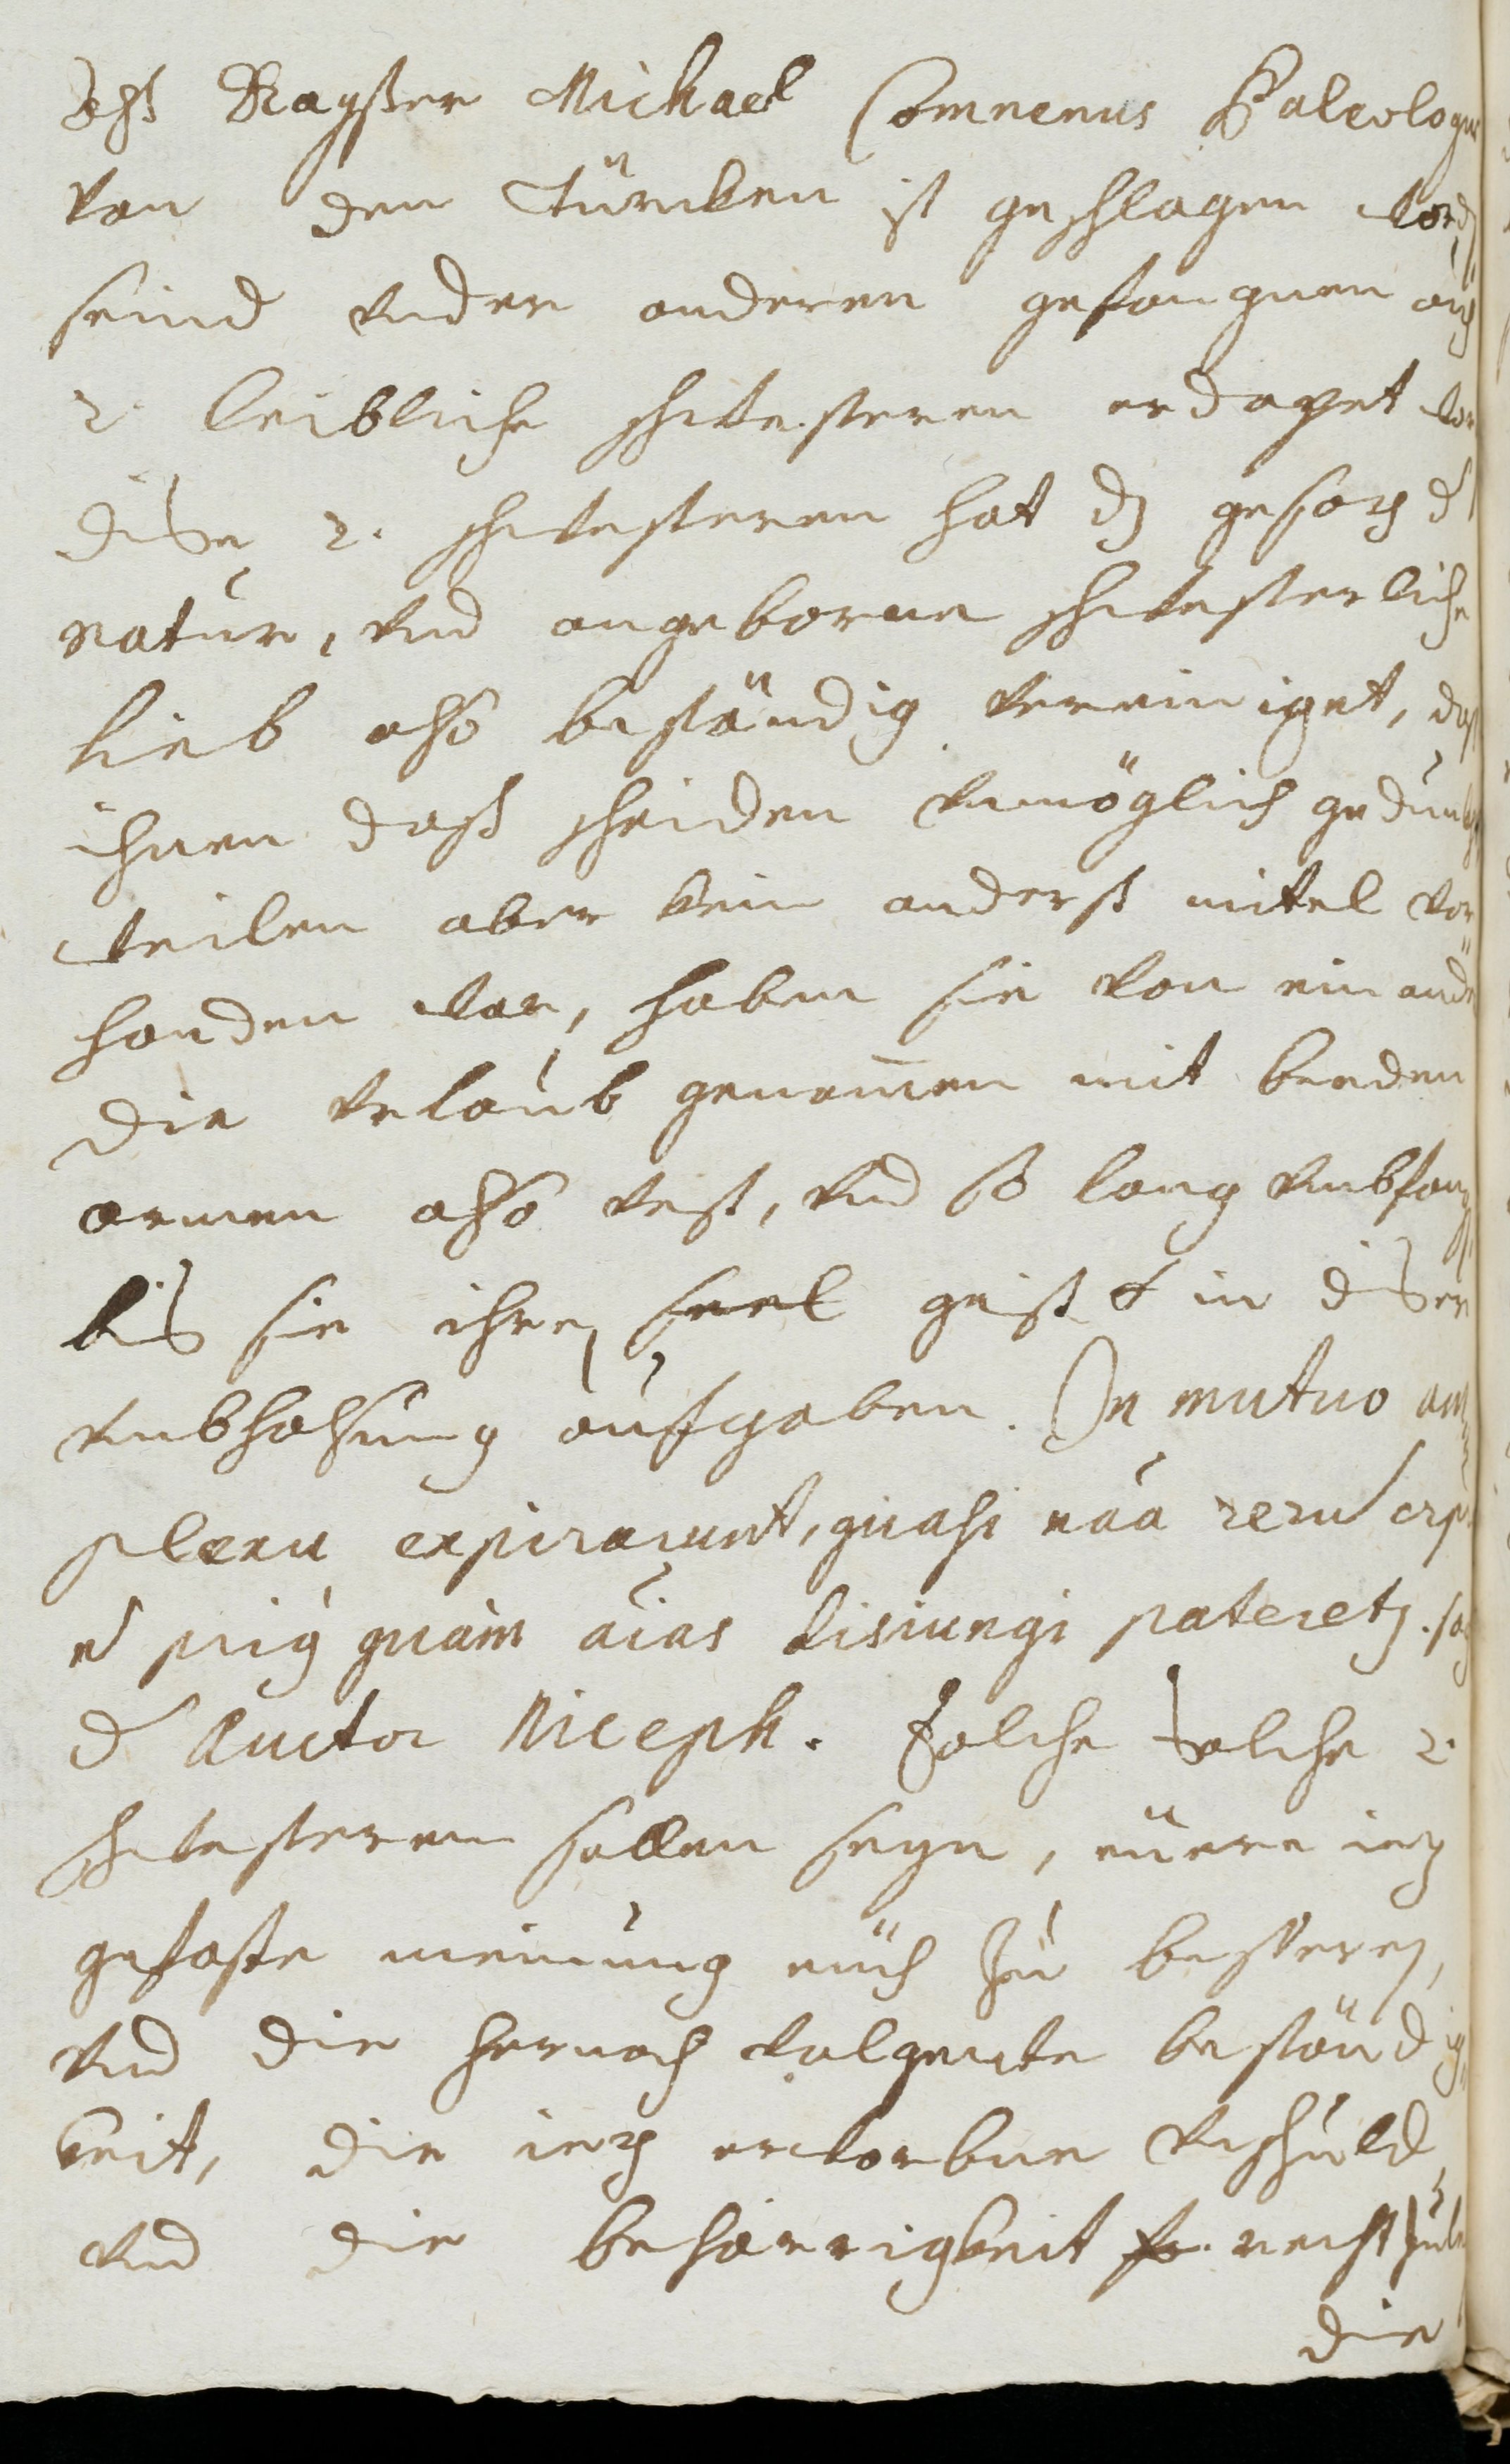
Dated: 1677–1691